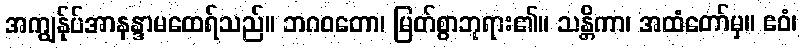
အကျွန်ုပ်အာနန္ဒာမထေရ်သည်။ ဘဂဝတော၊ မြတ်စွာဘုရား၏။ သန္တိကာ၊ အထံတော်မှ။ ဧဝံ၊